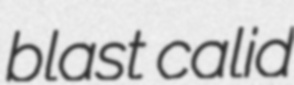
blast calid